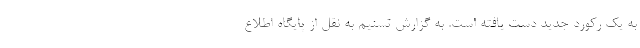
به یک رکورد جدید دست یافته است. به گزارش تسنیم به نقل از پایگاه اطلاع